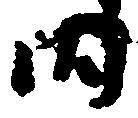
内